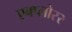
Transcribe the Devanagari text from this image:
एक्प्लोरर